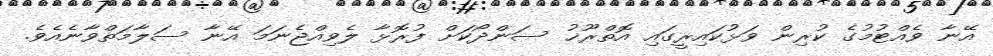
އޭނާ ވެއްޓުމުގެ ކުރިން ވަޅުކައިރީގައި އޮތްރޫޚު ސަންދޯކަށް ފުރޮޅާ ލެވިއްޖެނަމަ އޭނާ ސަލާމަތްވާނެއެވެ.